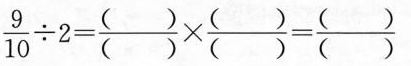
$$\frac { 9 } { 1 0 } \div 2 = \frac { ( ) } { ( ) } \times \frac { ( ) } { ( ) } = \frac { ( ) } { ( ) }$$